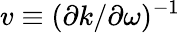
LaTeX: v\equiv(\partial k/\partial\omega)^{-1}